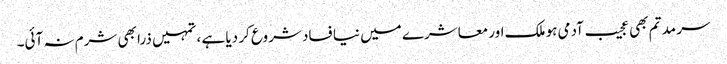
سر مد تم بھی عجیب آدمی ہو ملک اور معاشرے میں نیا فساد شروع کر دیا ہے ، تمہیں ذرا بھی شرم نہ آئی۔